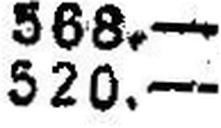
520.—